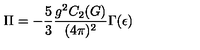
\Pi = - \frac { 5 } { 3 } \frac { g ^ { 2 } C _ { 2 } ( G ) } { ( 4 \pi ) ^ { 2 } } \Gamma ( \epsilon )